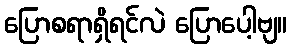
ပြောစရာရှိရင်လဲ ပြောပေါ့ဗျ။